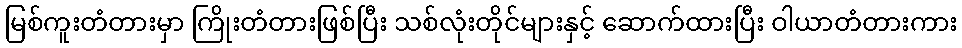
မြစ်ကူးတံတားမှာ ကြိုးတံတားဖြစ်ပြီး သစ်လုံးတိုင်များနှင့် ဆောက်ထားပြီး ဝါယာတံတားကား